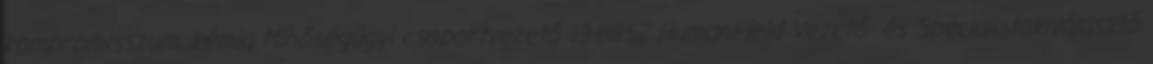
kompromisszum, kémia Minőségügyi csoportvezető 13-8852 HumanField Vezető- és Specialistakiválasztó